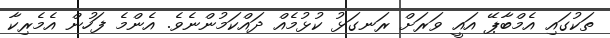
ތަކުގައި އެމްބާޕޭ އައީ ވަރަށް ރަނގަޅު ކުޅުމެއް ދައްކަމުންނެވެ. އެންމެ ފަހުން އެމެރިކާ